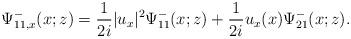
LaTeX: \begin{align*}\Psi^-_{11,x}(x;z)=\frac{1}{2 i}|u_x|^{2} \Psi^-_{11}(x;z)+\frac{1}{2 i} u_x(x) \Psi^-_{21}(x;z).\end{align*}